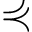
\curlyeqprec